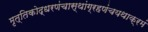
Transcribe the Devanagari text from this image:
मृत्तिकोद्धरणंचास्थांग्रहणंचयथाक्रमं